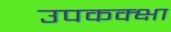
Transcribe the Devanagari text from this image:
उपकक्क्षा